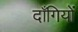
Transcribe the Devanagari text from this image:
दाँगियों